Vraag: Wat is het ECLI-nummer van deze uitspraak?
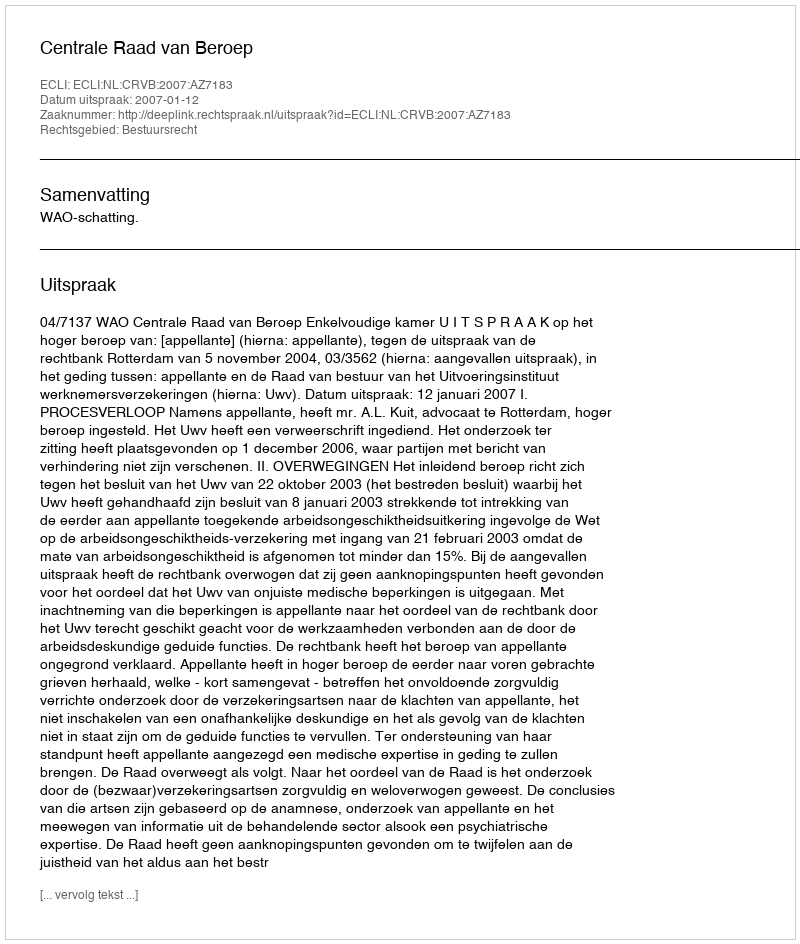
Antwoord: ECLI:NL:CRVB:2007:AZ7183